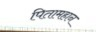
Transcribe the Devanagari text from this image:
पितामहान